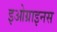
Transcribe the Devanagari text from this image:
इओग्राइनस